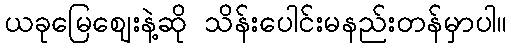
ယခုမြေဈေးနဲ့ဆို သိန်းပေါင်းမနည်းတန်မှာပါ။